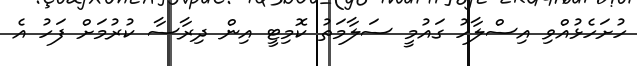
ހުށަހެޅުއްވި އިސްލާހު ގައުމީ ސަލާމަތު ކޮމިޓީ އިން ދިރާސާ ކުރުމަށް ފަހު އެ